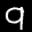
Label: 9